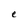
Character: e